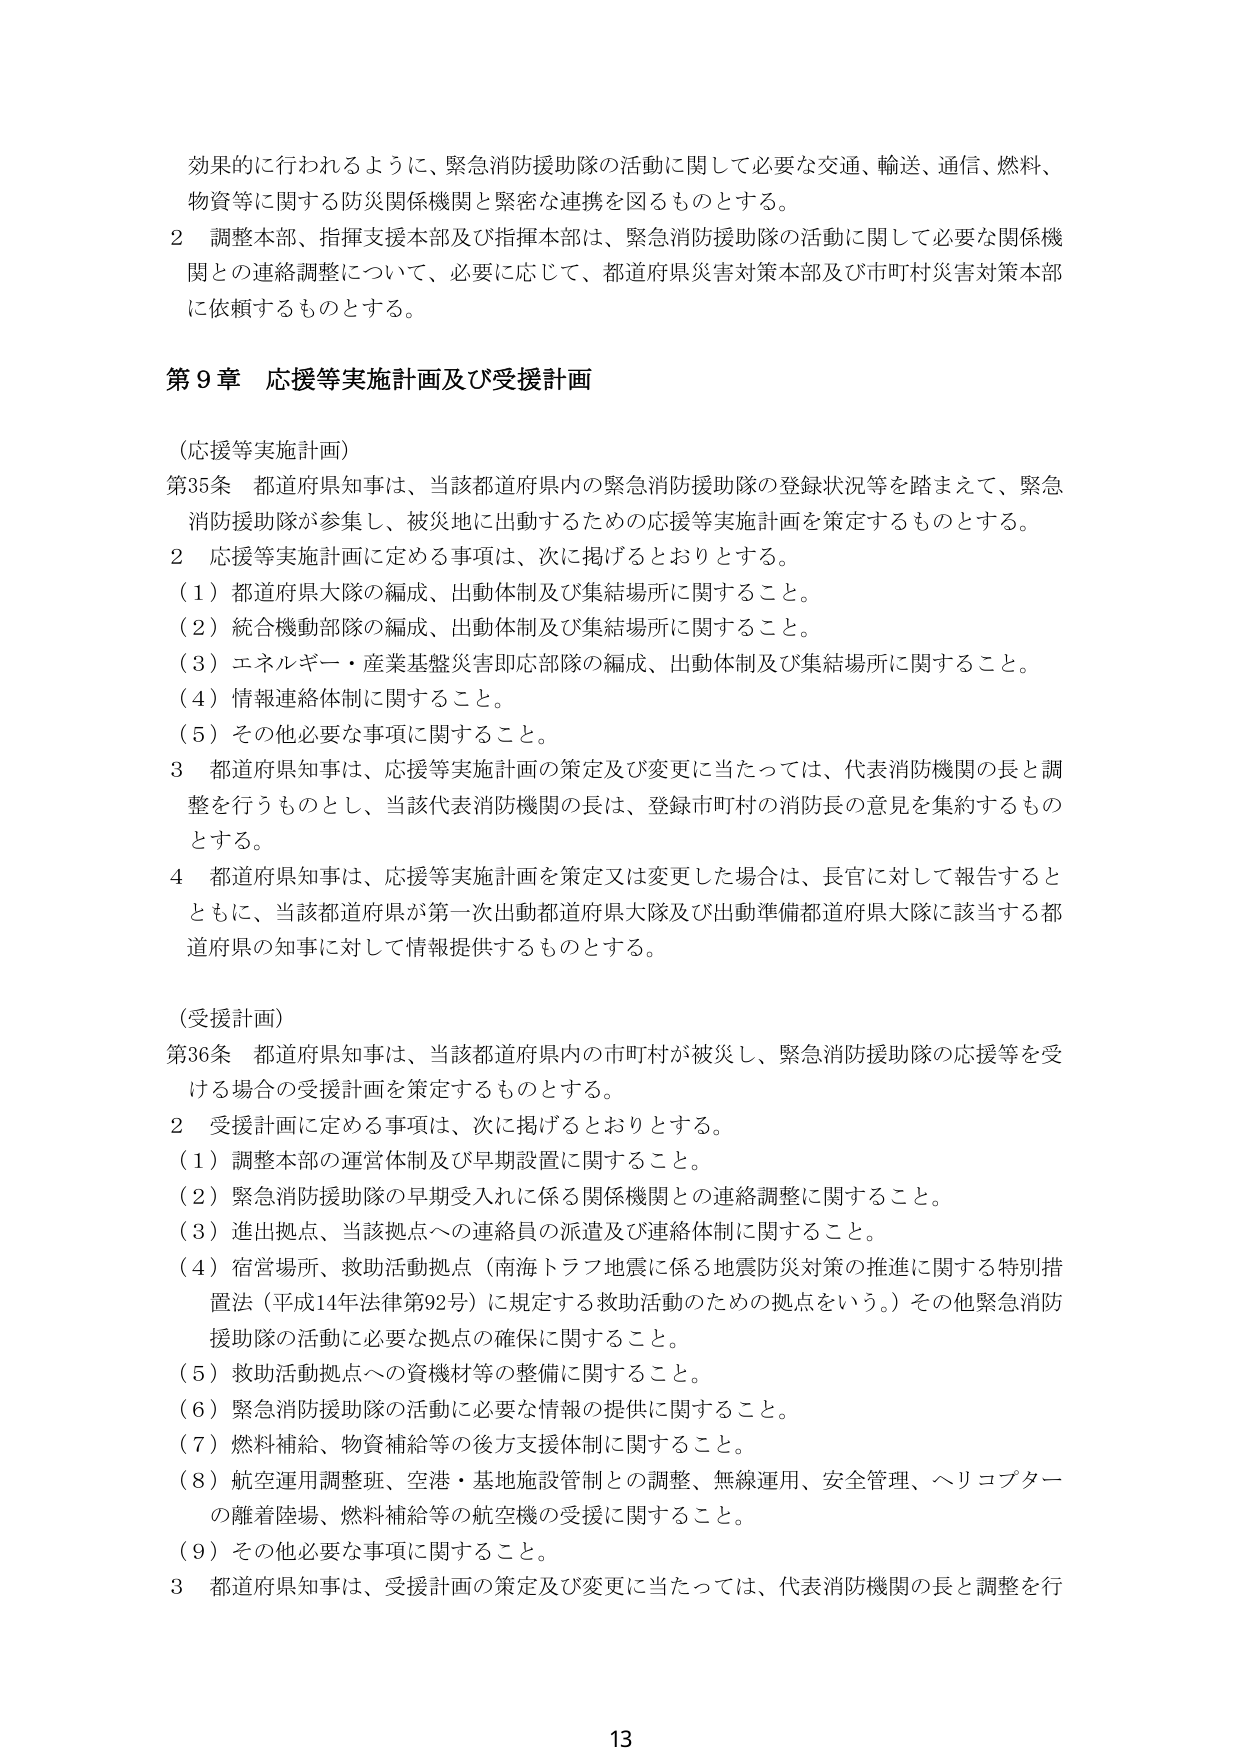
効果的に行われるように、緊急消防援助隊の活動に関して必要な交通、輸送、通信、燃料、
物資等に関する防災関係機関と緊密な連携を図るものとする。
2 調整本部、指揮支援本部及び指揮本部は、緊急消防援助隊の活動に関して必要な関係機
関との連絡調整について、必要に応じて、都道府県災害対策本部及び市町村災害対策本部
に依頼するものとする。

第9章 応援等実施計画及び受援計画

（応援等実施計画）
第35条 都道府県知事は、当該都道府県内の緊急消防援助隊の登録状況等を踏まえて、緊急
消防援助隊が参集し、被災地に出動するための応援等実施計画を策定するものとする。
2 応援等実施計画に定める事項は、次に掲げるとおりとする。
（1）都道府県大隊の編成、出動体制及び集結場所に関すること。
（2）統合機動部隊の編成、出動体制及び集結場所に関すること。
（3）エネルギー・産業基盤災害即応部隊の編成、出動体制及び集結場所に関すること。
（4）情報連絡体制に関すること。
（5）その他必要な事項に関すること。
3 都道府県知事は、応援等実施計画の策定及び変更に当たっては、代表消防機関の長と調
整を行うものとし、当該代表消防機関の長は、登録市町村の消防長の意見を集約するもの
とする。
4 都道府県知事は、応援等実施計画を策定又は変更した場合は、長官に対して報告すると
ともに、当該都道府県が第一次出動都道府県大隊及び出動準備都道府県大隊に該当する都
道府県の知事に対して情報提供するものとする。

（受援計画）
第36条 都道府県知事は、当該都道府県内の市町村が被災し、緊急消防援助隊の応援等を受
ける場合の受援計画を策定するものとする。
2 受援計画に定める事項は、次に掲げるとおりとする。
（1）調整本部の運営体制及び早期設置に関すること。
（2）緊急消防援助隊の早期受入れに係る関係機関との連絡調整に関すること。
（3）進出拠点、当該拠点への連絡員の派遣及び連絡体制に関すること。
（4）宿営場所、救助活動拠点（南海トラフ地震に係る地震防災対策の推進に関する特別措
置法（平成14年法律第92号）に規定する救助活動のための拠点をいう。）その他緊急消防
援助隊の活動に必要な拠点の確保に関すること。
（5）救助活動拠点への資機材等の整備に関すること。
（6）緊急消防援助隊の活動に必要な情報の提供に関すること。
（7）燃料補給、物資補給等の後方支援体制に関すること。
（8）航空運用調整班、空港・基地施設管制との調整、無線運用、安全管理、ヘリコプター
の離着陸場、燃料補給等の航空機の受援に関すること。
（9）その他必要な事項に関すること。
3 都道府県知事は、受援計画の策定及び変更に当たっては、代表消防機関の長と調整を行

13